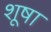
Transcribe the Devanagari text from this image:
शूषा